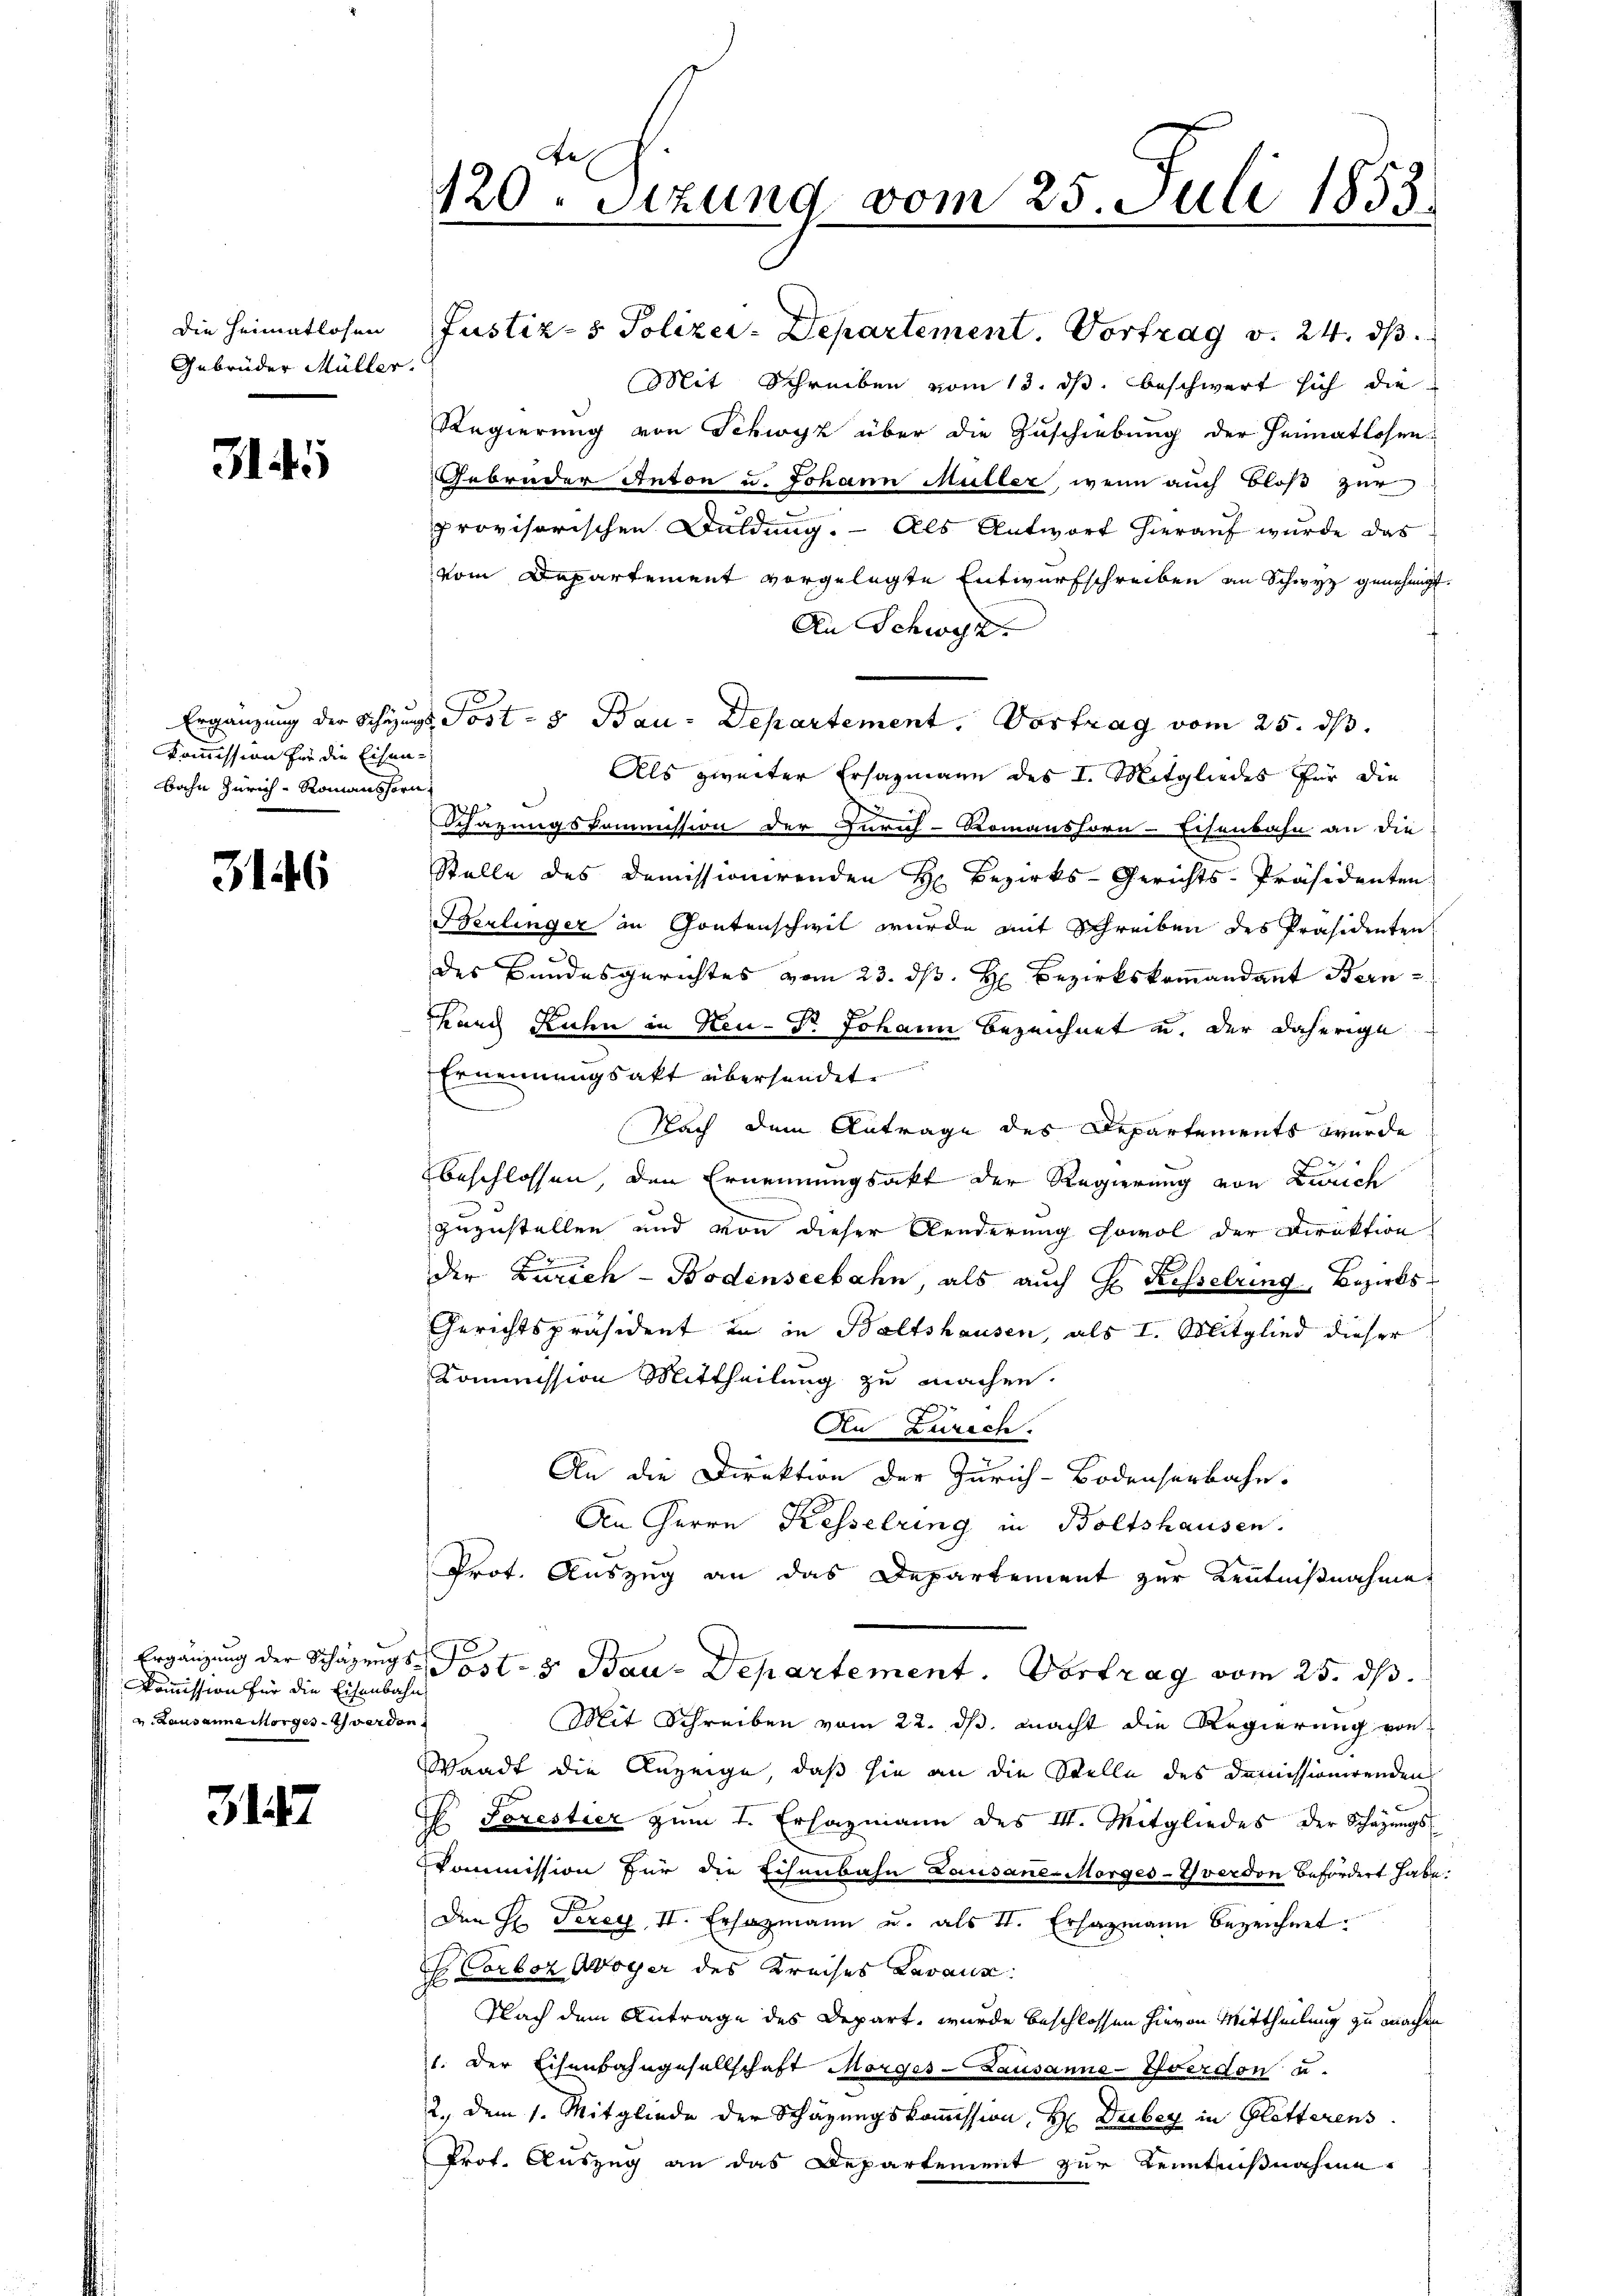
Die Heimatlosen
Gebrüder Müller.

314.

Kommission für die Eisen-
bahn Zürich - Romanshorn

3146

Kommission für die Eisenbahn
u. Lausanne morgeschwerden

31

120. Sitzung vom 25. Juli 1853

Ergänzung der Schings Post- & Bau-Departement. Vortrag vom 25. ds.

Justiz- & Polizey-Departement. Vortrag v. 24. ds
Mit Schreiben vom 13. ds. beschwert sich die
Regierung von Schwyz über die Zuschiebung der Heimatlosen
Gebrüder Anton u. Johann Müller, wenn auch bloß zur
provisorischen Duldung. Als Antwort hierauf wurde das
vom Departement vorgelegte Entwurfschreiben an Schwyz genehmigt.
An Schwyz.
Als zweiter Ersazmann des I. Mitgliedes für die
22
Schazungskommission der Zürich-Romanshorn-Eisenbahn an die
Stelle des Demissionirenden H. Bezirks-Gerichts-Präsidenten
Berlinger in Gontenschwil wurde mit Schreiben des Präsidenten
u
des Bundesgerichtes vom 23. dβ. H. Bezirkskoṁandant Bern
Rang Ruhn in Neu- Dr. Johann bezeichnet u. der daherige
Ernennungsakt übersendet.
Nach dem Antrage des Departements wurde
beschlossen, den Ernennungsakt der Regierung von Zürich
zuzustellen und von dieser Aenderung sowol der Direktion
f
der Zürich Bodenseebahn, als aŭch Hr. Kesselring, Bezirks¬
Gerichtspräsident in in Baltshausen, als I. Mitglied dieser
Kommission Mittheilung zu machen.
An Zurech
An die Direktion der Zürich-Bodenserbahn.
An Herrn Kesselring in Boltshausen.
Prot. Auszug an das Departement zur Kenntnißnahme
Ergänzung der Schäzzugs- Post- & Bau-Departement. Vortrag vom 25. ds.
Mit Schreiben vom 22. ds. macht die Regierung von
Waadt die Anzeige, daß sie an die Stelle des Demissionirenden
Es Forestier zum 1. Erhagmann des II. Mitgliedes der Schazungs¬
Commission für die Eisenbahn Lausane-Morges-Yverdon befördert habe.
Den H. Serey, II. Ersazmann u. als 1. Erhagmann bezeichnet.
Corboz Woyer des Kreises Lavaux:
Nach dem Antrage des Depart, wurde beschlossen hievon Mittheilung zu machen
1. Der Eisenbahngesellschaft Morges - Lausanne-Yverdon u.
2., dem 1. Mitgliede der Schazungskommission, H Duber in Gletterens
Prof. Auszug an das Departement zur Kenntnißnahme